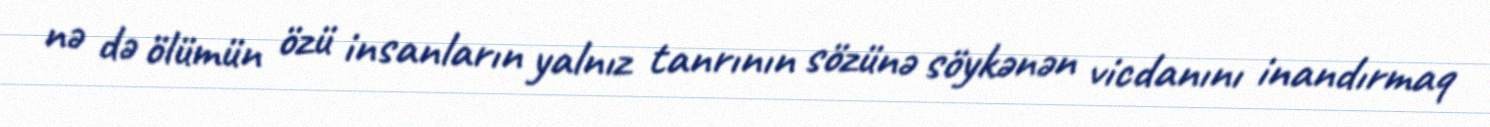
nə də ölümün özü insanların yalnız tanrının sözünə söykənən vicdanını inandırmaq